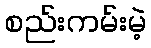
စည်းကမ်းမဲ့